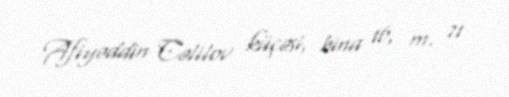
Afiyəddin Cəlilov küçəsi, bina 16, m. 71